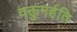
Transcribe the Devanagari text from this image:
वक्तुमर्हति